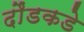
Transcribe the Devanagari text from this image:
दौंडकडे